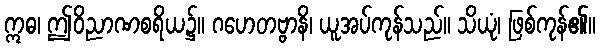
ဣဓ၊ ဤဝိညာဏစရိယ၌။ ဂဟေတဗ္ဗာနိ၊ ယူအပ်ကုန်သည်။ သိယုံ၊ ဖြစ်ကုန်၏။